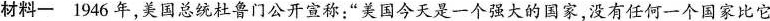
材料一1946年，美国总统杜鲁门公开宣称：”美国今天是一个强大的国家，没有任何一个国家比它